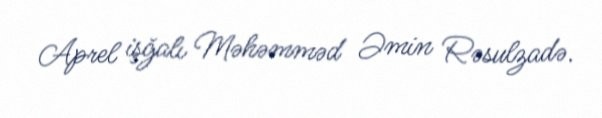
Aprel işğalı Məhəmməd Əmin Rəsulzadə.